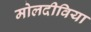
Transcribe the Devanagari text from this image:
मोलदीविया